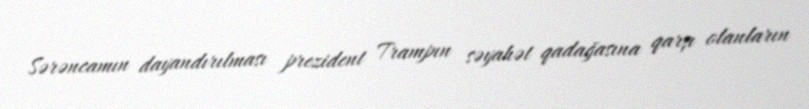
Sərəncamın dayandırılması prezident Trampın səyahət qadağasına qarşı olanların